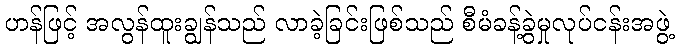
ဟန်ဖြင့် အလွန်ထူးချွန်သည် လာခဲ့ခြင်းဖြစ်သည် စီမံခန့်ခွဲမှုလုပ်ငန်းအဖွဲ့